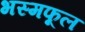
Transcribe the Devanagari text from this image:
भस्मफूल